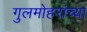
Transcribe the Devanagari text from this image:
गुलमोहरांच्या